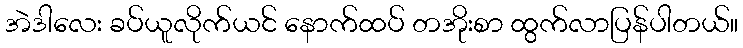
အဲဒါလေး ခပ်ယူလိုက်ယင် နောက်ထပ် တအိုးစာ ထွက်လာပြန်ပါတယ်။